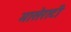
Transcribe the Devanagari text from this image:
मासेराटी